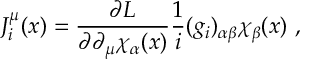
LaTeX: J _ { i } ^ { \mu } ( x ) = \frac { \partial { \cal { L } } } { \partial \partial _ { \mu } \chi _ { \alpha } ( x ) } \frac { 1 } { i } ( g _ { i } ) _ { \alpha \beta } \chi _ { \beta } ( x ) ~ ,